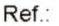
REF.: